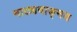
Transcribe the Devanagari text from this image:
नाट्यवाङ्‌मय